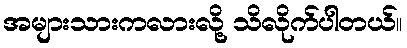
အများသားကလားလို့ သိလိုက်ပါတယ်။